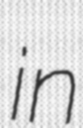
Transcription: in